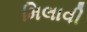
મિલાવી